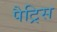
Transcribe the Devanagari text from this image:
पैट्रिस